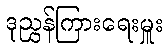
ဒုညွှန်ကြားရေးမှူး